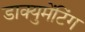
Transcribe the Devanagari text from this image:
डाक्युमेंटिंग